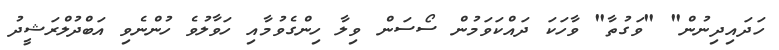
ހަދައިދިނުން" "ވަގުތާ" ވާހަކަ ދައްކަވަމުން ސޯސަން ވިލާ ހިންގެވުމާއި ހަވާލުވެ ހުންނެވި އަބްދުލްރަޝީދު